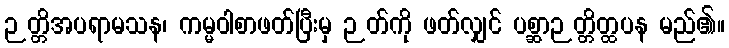
ဉတ္တိအပရာမသန၊ ကမ္မဝါစာဖတ်ပြီးမှ ဉတ်ကို ဖတ်လျှင် ပစ္ဆာဉတ္တိတ္ထပန မည်၏။